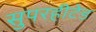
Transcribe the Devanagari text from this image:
सुपरहीटेड